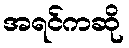
အရင်ကဆို